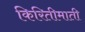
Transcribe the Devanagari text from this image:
किरितीमाती